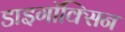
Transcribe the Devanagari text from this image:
डाइगॉक्सिन